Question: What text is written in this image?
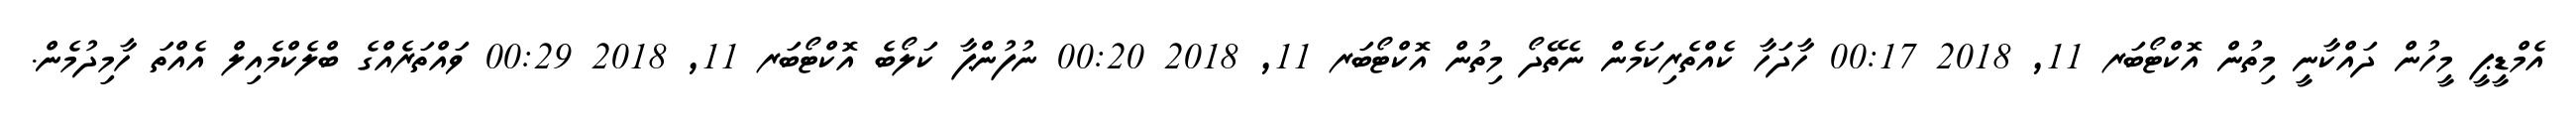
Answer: އެމްޑީޕީ މީހުން ދައްކާނީ މިތުން އޮކްޓޯބަރ 11, 2018 00:17 ހާދަހާ ކެއްތެރިކަމެން ނެތޭދޯ މިތުން އޮކްޓޯބަރ 11, 2018 00:20 ނުފުންޕާ ކަލޯބެ އޮކްޓޯބަރ 11, 2018 00:29 ވައްތަރެއްގެ ބްލެކްމެއިލް އެއްތަ ހާމިދުމެން.